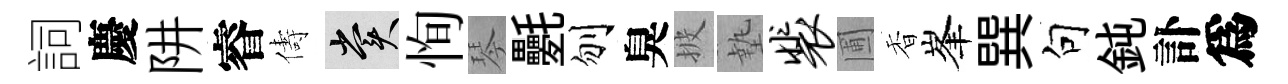
詞慶阱睿儔賞恂琴氎刎臭披墊裴圃香峯巽句鈍訃爲